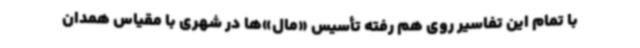
با تمام این تفاسیر روی هم رفته تأسیس «مال»‌ها در شهری با مقیاس همدان